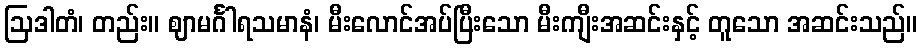
ဩဒါတံ၊ တည်း။ ဈာမင်္ဂါရသမာနံ၊ မီးလောင်အပ်ပြီးသော မီးကျီးအဆင်းနှင့် တူသော အဆင်းသည်။